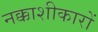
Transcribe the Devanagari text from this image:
नक्काशीकारों